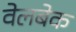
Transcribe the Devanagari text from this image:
वेलबेक